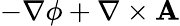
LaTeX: -\nabla\phi+\nabla\times\mathbf{A}